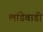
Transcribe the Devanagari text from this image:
लांडेवाडी